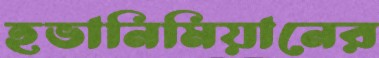
হভানিমিয়ানের